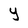
Character: Y